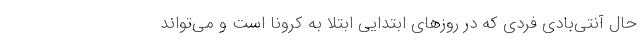
حال آنتی‌بادی فردی که در روزهای ابتدایی ابتلا به کرونا است و می‌تواند